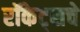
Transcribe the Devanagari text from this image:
रॉकेट्‌सचे